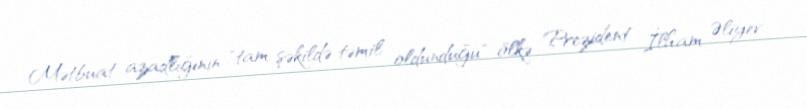
Mətbuat azadlığının "tam şəkildə təmil oldunduğu" ölkə Prezident İlham Əliyev